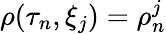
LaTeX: \rho(\tau_{n},\xi_{j})=\rho_{n}^{j}